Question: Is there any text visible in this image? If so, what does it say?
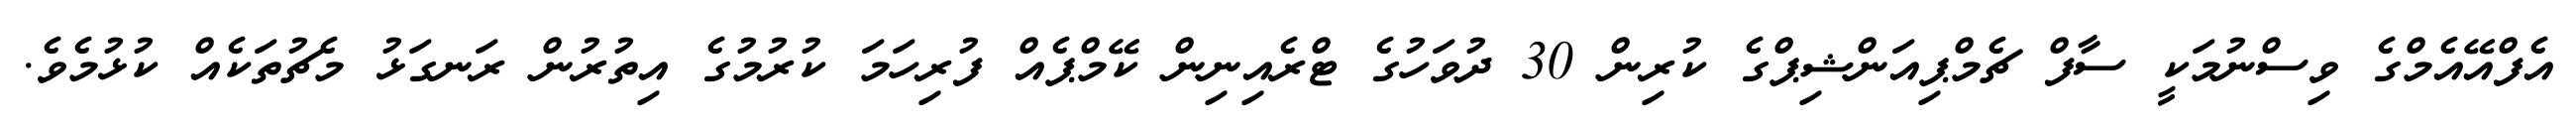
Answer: އެފްއޭއެމްގެ ވިސްނުމަކީ ސާފް ޗެމްޕިއަންޝިޕްގެ ކުރިން 30 ދުވަހުގެ ޓްރެއިނިން ކޭމްޕެއް ފުރިހަމަ ކުރުމުގެ އިތުރުން ރަނގަޅު މެޗުތަކެއް ކުޅުމެވެ.